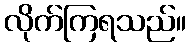
လိုက်ကြရသည်။